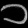
Digit: ၁